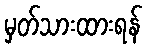
မှတ်သားထားရန်